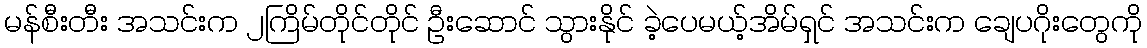
မန်စီးတီး အသင်းက ၂ကြိမ်တိုင်တိုင် ဦးဆောင် သွားနိုင် ခဲ့ပေမယ့်အိမ်ရှင် အသင်းက ချေပဂိုးတွေကို